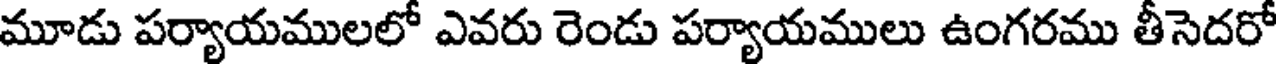
మూడు పర్యాయములలో ఎవరు రెండు పర్యాయములు ఉంగరము తీసెదరో